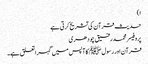
ا)
حدیث قرآن کی تشریح کرتی ہے
پروفیسر محمد رفیق چودھری
قرآن اور رسول ﷺ کا آپس میں گہرا تعلق ہے۔